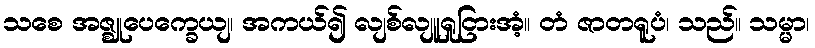
သစေ အဇ္ဈုပေက္ခေယျ၊ အကယ်၍ လျစ်လျူရှုငြားအံ့။ တံ ဇာတရူပံ၊ သည်။ သမ္မာ၊